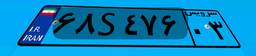
۵۷S۲۱۱۲۳